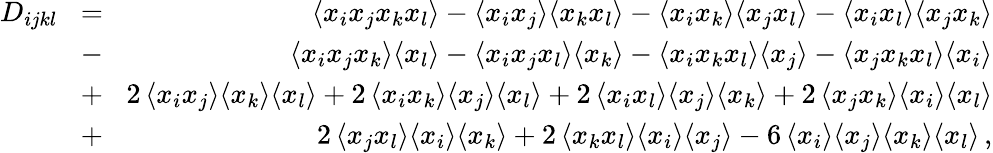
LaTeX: \begin{array}{rlr}{D_{ijkl}}&{\! =\! }&{\langle x_{i}x_{j}x_{k}x_{l}\rangle-\langle x_{i}x_{j}\rangle\langle x_{k}x_{l}\rangle-\langle x_{i}x_{k}\rangle\langle x_{j}x_{l}\rangle-\langle x_{i}x_{l}\rangle\langle x_{j}x_{k}\rangle}\\ &{\! -\! }&{\langle x_{i}x_{j}x_{k}\rangle\langle x_{l}\rangle-\langle x_{i}x_{j}x_{l}\rangle\langle x_{k}\rangle-\langle x_{i}x_{k}x_{l}\rangle\langle x_{j}\rangle-\langle x_{j}x_{k}x_{l}\rangle\langle x_{i}\rangle}\\ &{\! +\! }&{2\, \langle x_{i}x_{j}\rangle\langle x_{k}\rangle\langle x_{l}\rangle+2\, \langle x_{i}x_{k}\rangle\langle x_{j}\rangle\langle x_{l}\rangle+2\, \langle x_{i}x_{l}\rangle\langle x_{j}\rangle\langle x_{k}\rangle+2\, \langle x_{j}x_{k}\rangle\langle x_{i}\rangle\langle x_{l}\rangle}\\ &{\! +\! }&{2\, \langle x_{j}x_{l}\rangle\langle x_{i}\rangle\langle x_{k}\rangle+2\, \langle x_{k}x_{l}\rangle\langle x_{i}\rangle\langle x_{j}\rangle-6\, \langle x_{i}\rangle\langle x_{j}\rangle\langle x_{k}\rangle\langle x_{l}\rangle\, ,}\end{array}